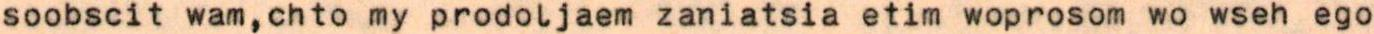
soobscit wam,chto my prodoljaem zaniatsia etim woprosom wo wseh ego